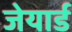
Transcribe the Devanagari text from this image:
जेयार्ड